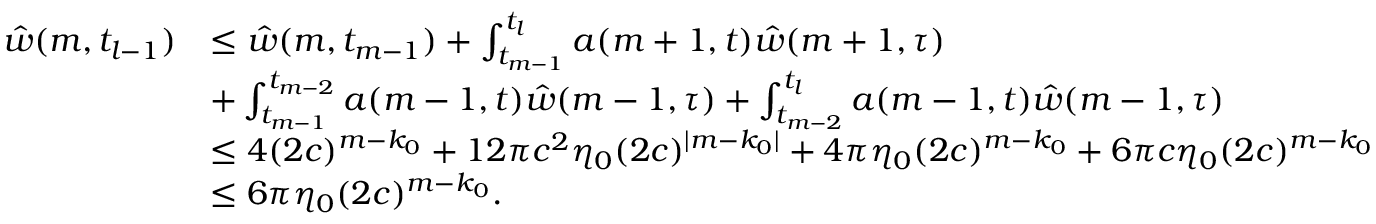
\begin{array} { r l } { \hat { w } ( m , t _ { l - 1 } ) } & { \le \hat { w } ( m , t _ { m - 1 } ) + \int _ { t _ { m - 1 } } ^ { t _ { l } } a ( m + 1 , t ) \hat { w } ( m + 1 , \tau ) } \\ & { + \int _ { t _ { m - 1 } } ^ { t _ { m - 2 } } a ( m - 1 , t ) \hat { w } ( m - 1 , \tau ) + \int _ { t _ { m - 2 } } ^ { t _ { l } } a ( m - 1 , t ) \hat { w } ( m - 1 , \tau ) } \\ & { \le 4 ( 2 c ) ^ { m - k _ { 0 } } + 1 2 \pi c ^ { 2 } \eta _ { 0 } ( 2 c ) ^ { \vert m - k _ { 0 } \vert } + 4 \pi \eta _ { 0 } ( 2 c ) ^ { m - k _ { 0 } } + 6 \pi c \eta _ { 0 } ( 2 c ) ^ { m - k _ { 0 } } } \\ & { \le 6 \pi \eta _ { 0 } ( 2 c ) ^ { m - k _ { 0 } } . } \end{array}